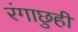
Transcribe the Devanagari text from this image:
रंगाछुही